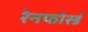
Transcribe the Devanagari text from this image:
रेनफोर्स्ड